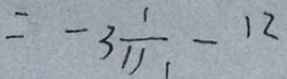
= - 3 \frac { 1 } { 1 1 1 } - 1 2